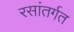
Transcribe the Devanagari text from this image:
रसांतर्गत